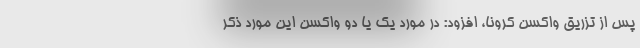
پس از تزریق واکسن کرونا، افزود: در مورد یک یا دو واکسن این مورد ذکر